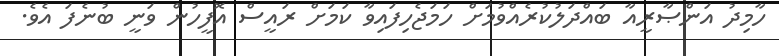
ހާމިދު އަންޞާރީއާ ބައްދަލުކުރެއްވުމަށް ހަމަޖެހިފައިވާ ކަމަށް ރައީސް އޮފީހުން ވަނީ ބުނެފަ އެވެ.